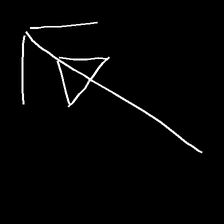
Glyph: pull